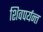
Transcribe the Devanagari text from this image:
शिवपर्यन्त